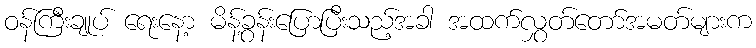
ဝန်ကြီးချုပ် ရေးနော့ မိန့်ခွန်းပြောပြီးသည့်အခါ အထက်လွှတ်တော်အမတ်များက